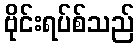
ဗိုင်းရပ်စ်သည်